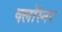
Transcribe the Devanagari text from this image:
क्लॉस्नर